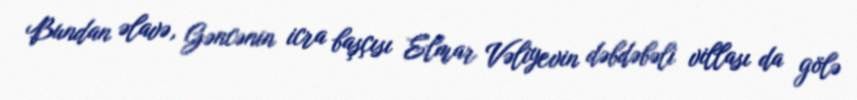
Bundan əlavə, Gəncənin icra başçısı Elmar Vəliyevin dəbdəbəli villası da gölə